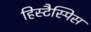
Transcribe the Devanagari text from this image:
हिस्टैस्पिस